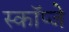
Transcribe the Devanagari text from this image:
स्कॉप्जे